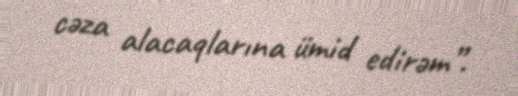
cəza alacaqlarına ümid edirəm”.